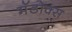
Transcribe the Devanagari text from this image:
मॅडोक्स